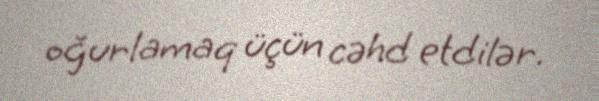
oğurlamaq üçün cəhd etdilər.